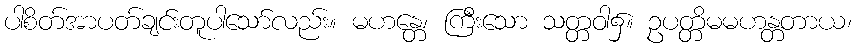
ပါစိတ်အာပတ်ချင်းတူပါသော်လည်း။ မဟန္တေ၊ ကြီးသော သတ္တဝါ၌။ ဥပတ္တိမမဟန္တတာယ၊